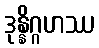
ဒုန္နိဂ္ဂဟဿ